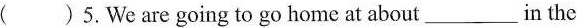
5.We are going to go home at about___in the